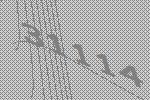
31114